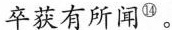
卒获有所闻^{⑭}。